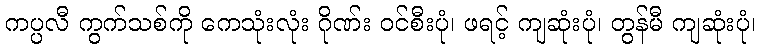
ကပ္ပလီ ကွက်သစ်ကို ကေသုံးလုံး ဂိုဏ်း ဝင်စီးပုံ၊ ဖရင့် ကျဆုံးပုံ၊ တွန်မီ ကျဆုံးပုံ၊